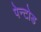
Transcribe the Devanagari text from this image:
पेन्टोड